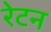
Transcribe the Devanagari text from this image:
रेटन